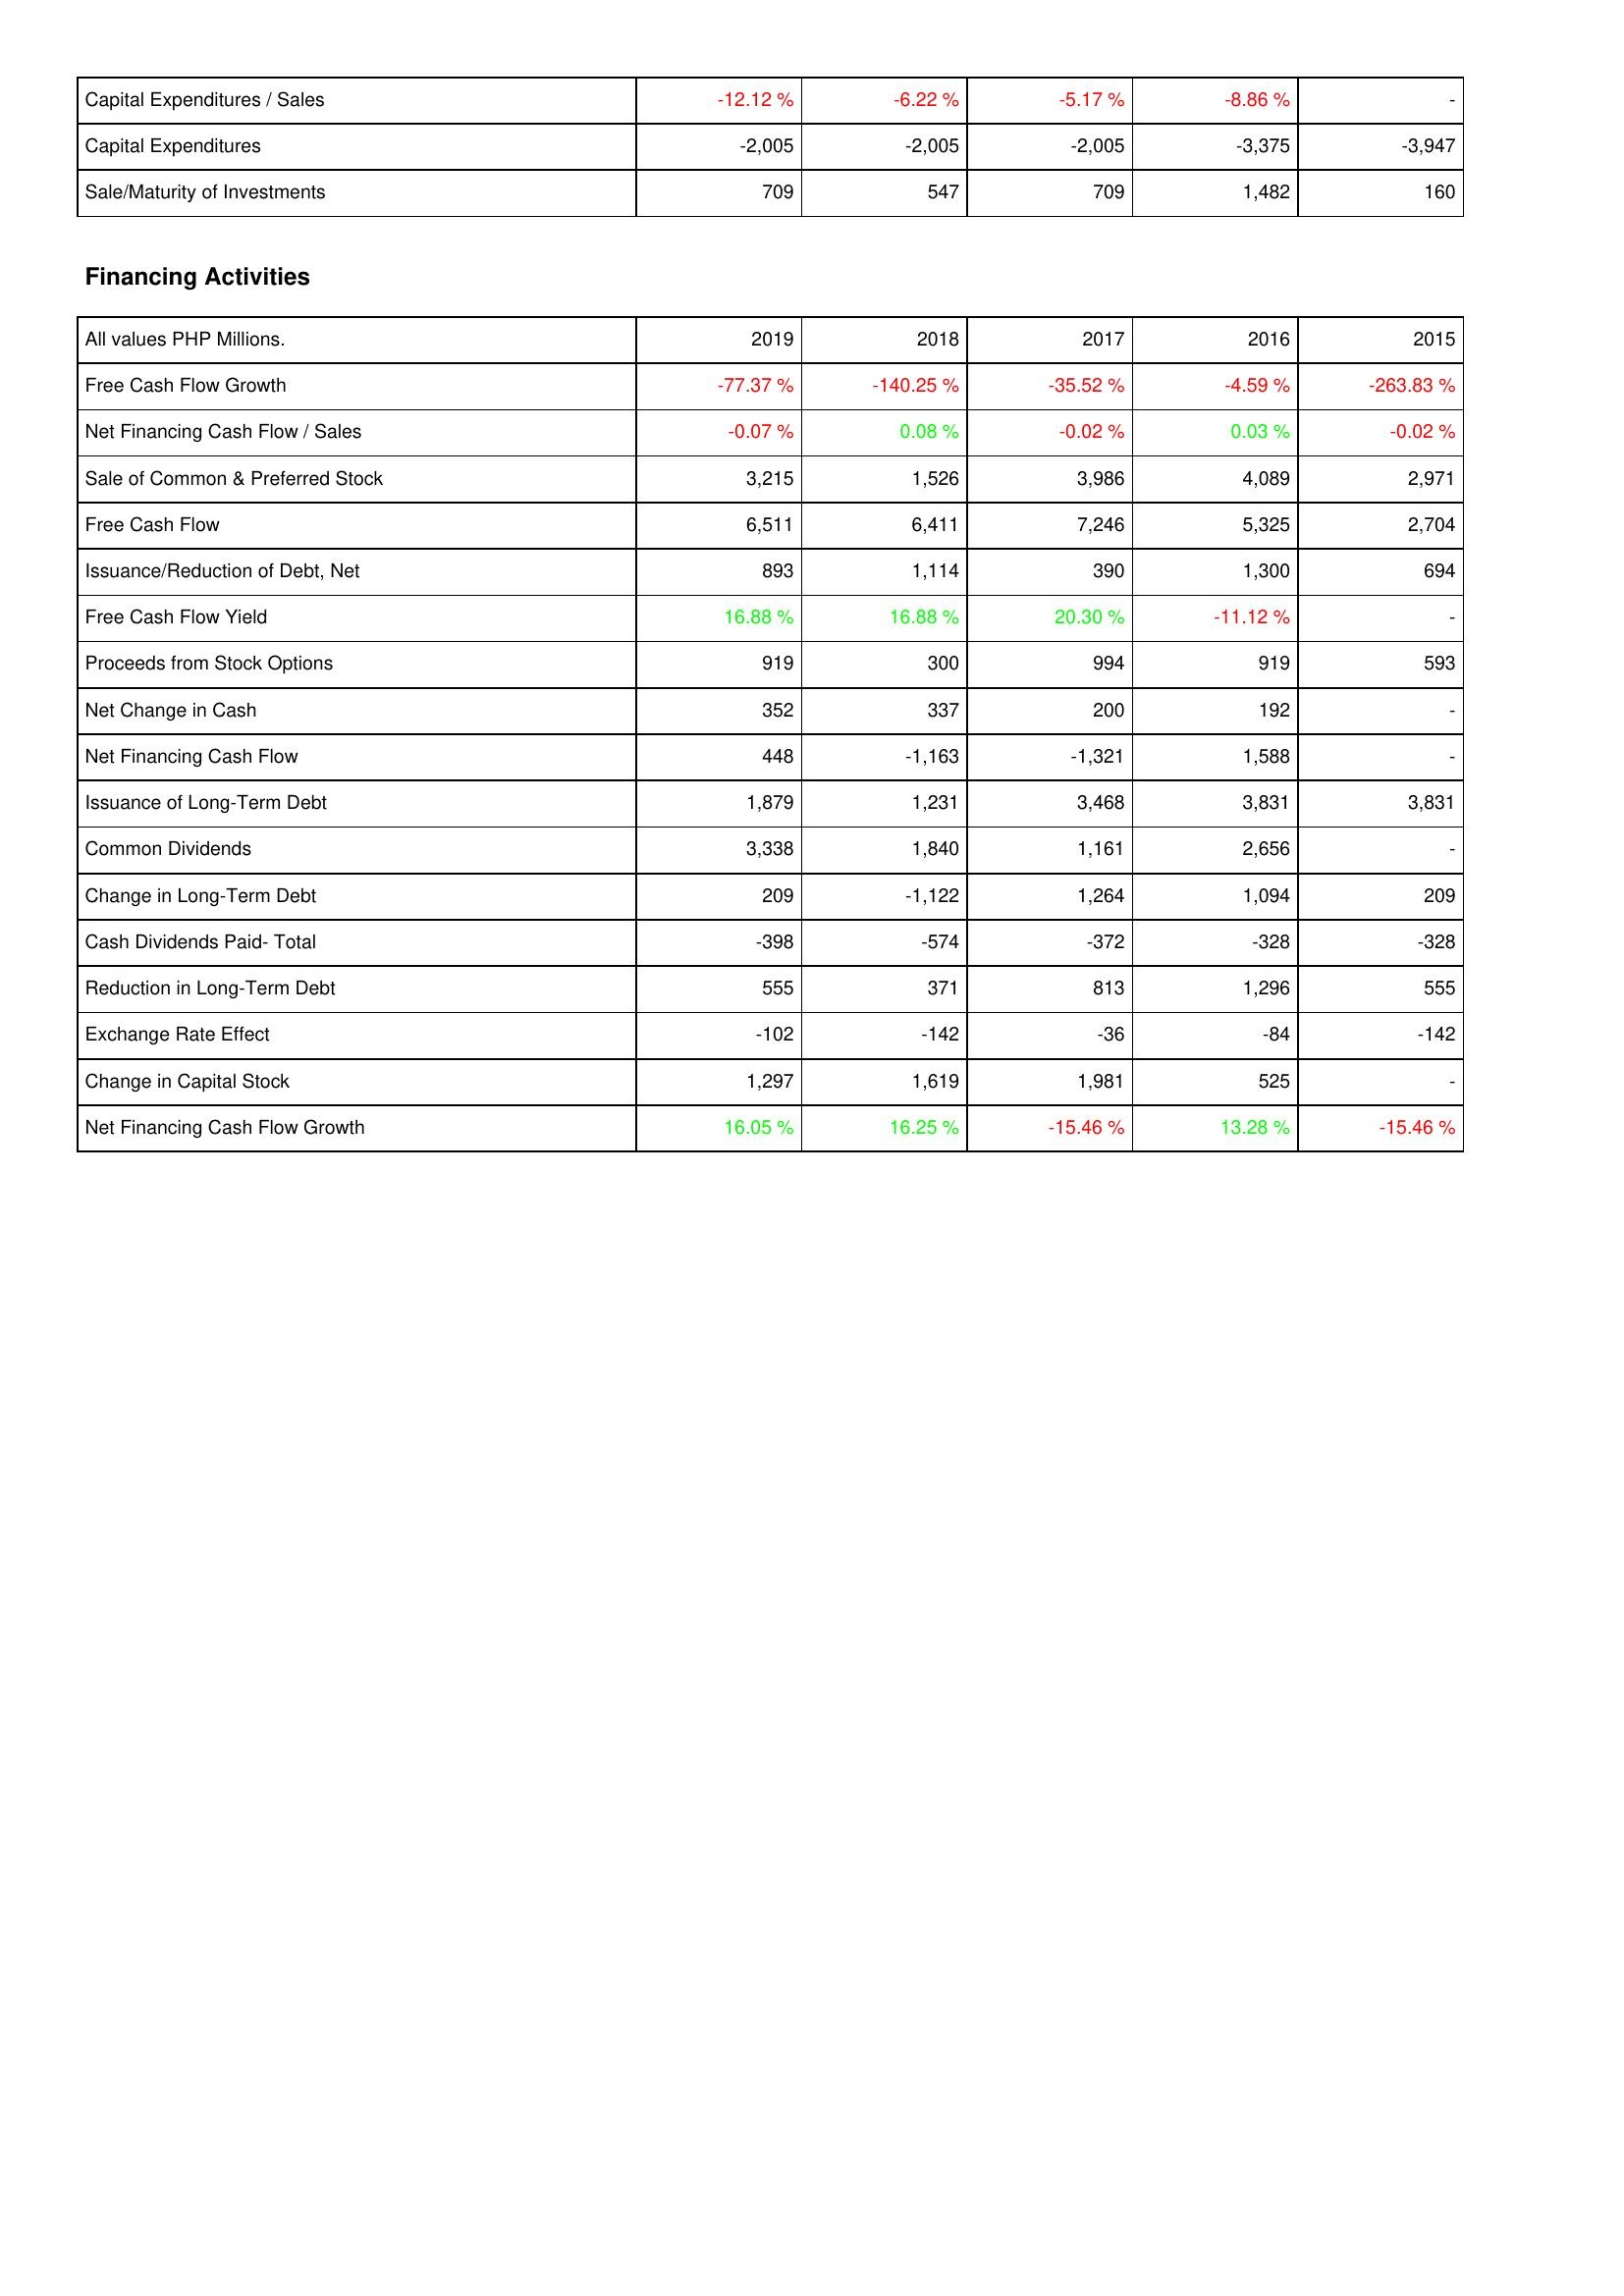
2019: Investing Activities: Capital Expenditures / Sales: -12.12 %
Capital Expenditures: -2,005
Sale/Maturity of Investments: 709
Financing Activities: Free Cash Flow Growth: -77.37 %
Net Financing Cash Flow / Sales: -0.07 %
Sale of Common & Preferred Stock: 3,215
Free Cash Flow: 6,511
Issuance/Reduction of Debt, Net: 893
Free Cash Flow Yield: 16.88 %
Proceeds from Stock Options: 919
Net Change in Cash: 352
Net Financing Cash Flow: 448
Issuance of Long-Term Debt: 1,879
Common Dividends: 3,338
Change in Long-Term Debt: 209
Cash Dividends Paid- Total: -398
Reduction in Long-Term Debt: 555
Exchange Rate Effect: -102
Change in Capital Stock: 1,297
Net Financing Cash Flow Growth: 16.05 %
2018: Investing Activities: Capital Expenditures / Sales: -6.22 %
Capital Expenditures: -2,005
Sale/Maturity of Investments: 547
Financing Activities: Free Cash Flow Growth: -140.25 %
Net Financing Cash Flow / Sales: 0.08 %
Sale of Common & Preferred Stock: 1,526
Free Cash Flow: 6,411
Issuance/Reduction of Debt, Net: 1,114
Free Cash Flow Yield: 16.88 %
Proceeds from Stock Options: 300
Net Change in Cash: 337
Net Financing Cash Flow: -1,163
Issuance of Long-Term Debt: 1,231
Common Dividends: 1,840
Change in Long-Term Debt: -1,122
Cash Dividends Paid- Total: -574
Reduction in Long-Term Debt: 371
Exchange Rate Effect: -142
Change in Capital Stock: 1,619
Net Financing Cash Flow Growth: 16.25 %
2017: Investing Activities: Capital Expenditures / Sales: -5.17 %
Capital Expenditures: -2,005
Sale/Maturity of Investments: 709
Financing Activities: Free Cash Flow Growth: -35.52 %
Net Financing Cash Flow / Sales: -0.02 %
Sale of Common & Preferred Stock: 3,986
Free Cash Flow: 7,246
Issuance/Reduction of Debt, Net: 390
Free Cash Flow Yield: 20.30 %
Proceeds from Stock Options: 994
Net Change in Cash: 200
Net Financing Cash Flow: -1,321
Issuance of Long-Term Debt: 3,468
Common Dividends: 1,161
Change in Long-Term Debt: 1,264
Cash Dividends Paid- Total: -372
Reduction in Long-Term Debt: 813
Exchange Rate Effect: -36
Change in Capital Stock: 1,981
Net Financing Cash Flow Growth: -15.46 %
2016: Investing Activities: Capital Expenditures / Sales: -8.86 %
Capital Expenditures: -3,375
Sale/Maturity of Investments: 1,482
Financing Activities: Free Cash Flow Growth: -4.59 %
Net Financing Cash Flow / Sales: 0.03 %
Sale of Common & Preferred Stock: 4,089
Free Cash Flow: 5,325
Issuance/Reduction of Debt, Net: 1,300
Free Cash Flow Yield: -11.12 %
Proceeds from Stock Options: 919
Net Change in Cash: 192
Net Financing Cash Flow: 1,588
Issuance of Long-Term Debt: 3,831
Common Dividends: 2,656
Change in Long-Term Debt: 1,094
Cash Dividends Paid- Total: -328
Reduction in Long-Term Debt: 1,296
Exchange Rate Effect: -84
Change in Capital Stock: 525
Net Financing Cash Flow Growth: 13.28 %
2015: Investing Activities: Capital Expenditures / Sales: -
Capital Expenditures: -3,947
Sale/Maturity of Investments: 160
Financing Activities: Free Cash Flow Growth: -263.83 %
Net Financing Cash Flow / Sales: -0.02 %
Sale of Common & Preferred Stock: 2,971
Free Cash Flow: 2,704
Issuance/Reduction of Debt, Net: 694
Free Cash Flow Yield: -
Proceeds from Stock Options: 593
Net Change in Cash: -
Net Financing Cash Flow: -
Issuance of Long-Term Debt: 3,831
Common Dividends: -
Change in Long-Term Debt: 209
Cash Dividends Paid- Total: -328
Reduction in Long-Term Debt: 555
Exchange Rate Effect: -142
Change in Capital Stock: -
Net Financing Cash Flow Growth: -15.46 %